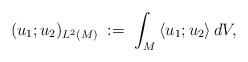
LaTeX: \begin{align*}(u_1;u_2)_{L^2(M)}\;:=\;\int_M\,\langle u_1;u_2\rangle\, dV,\end{align*}